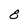
Character: 8